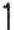
1